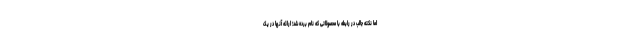
اما نکته جالب در رابطه با محصولاتی که نام برده شد؛ ارائه آنها در یک